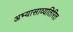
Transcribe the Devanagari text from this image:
अभ्यासाव्यतिरित